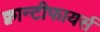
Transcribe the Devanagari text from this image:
क्वान्टीफायर्स